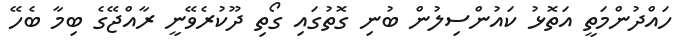
ހައްދުންމަތީ އަތޮޅު ކައުންސިލުން ބުނި ގޮތުގައި ގޯތި ދޫކުރެވޭނީ ރާއްޖޭގެ ބިމާ ބެހޭ